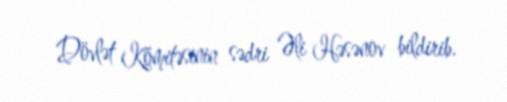
Dövlət Komitəsinin sədri Əli Həsənov bildirib.